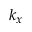
k _ { x }